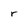
Character: r